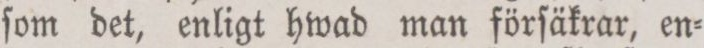
ſom det, enligt hwad man förſäkrar, en=